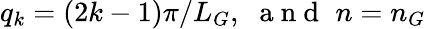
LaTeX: q_{k}=(2k-1)\pi/L_{G},\, \, \mathrm{~a~n~d~}\, \, n=n_{G}